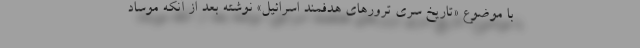
با موضوع «تاریخ سری ترورهای هدفمند اسرائیل» نوشته بعد از آنکه موساد